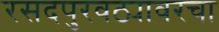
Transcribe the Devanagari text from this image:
रसदपुरवठ्यावरचा